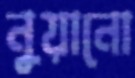
নুয়ানো